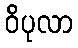
ဝိပုလာ